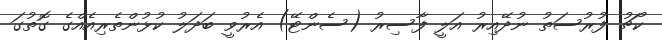
ކޯޗު ފުރުސަތު ނުދޭއިރު އަލީ ފާސިރު (ސެންޓޭ) އެރުވީ ބަދަލު ކުޅުންތެރިއެއްގެ ގޮތުގަ